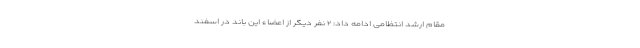
مقام ارشد انتظامی ادامه داد: ۲ نفر دیگر از اعضاء این باند در اسفند